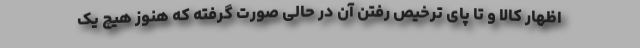
اظهار کالا و تا پای ترخیص رفتن آن در حالی صورت گرفته که هنوز هیچ یک